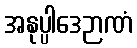
အနုပ္ပါဒေဉာဏံ